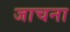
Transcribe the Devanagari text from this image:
जाचना